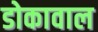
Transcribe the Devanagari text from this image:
डोकावाल